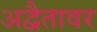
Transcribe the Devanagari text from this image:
अद्वैतावर